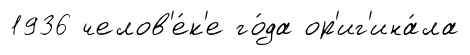
1936 челов'е́к'е го́да ор'иг'ина́ла